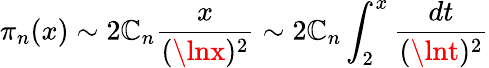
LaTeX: \pi_{n}(x)\sim2\mathbb{C}_{n}{\frac{{x}}{{(\lnx)^{2}}}}\sim2\mathbb{C}_{n}\int_{2}^{x}{\frac{{dt}}{{(\lnt)^{2}}}}